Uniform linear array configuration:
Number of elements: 32
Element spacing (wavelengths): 0.5
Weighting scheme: hamming
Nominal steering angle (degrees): -30
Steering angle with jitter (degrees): -30.351
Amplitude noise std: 0.05
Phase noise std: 0.05

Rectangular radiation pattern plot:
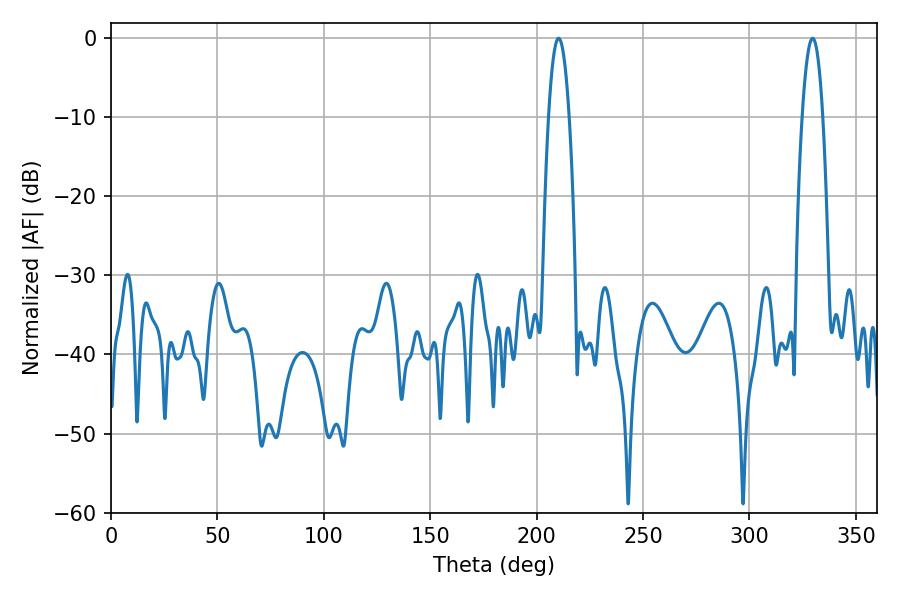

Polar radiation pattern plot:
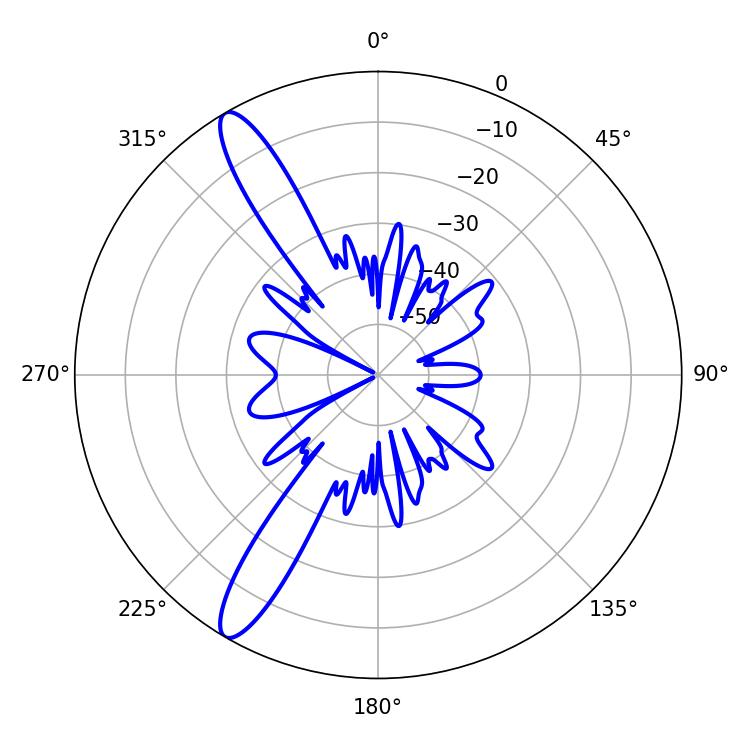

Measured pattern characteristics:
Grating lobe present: FALSE
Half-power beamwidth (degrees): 5.22
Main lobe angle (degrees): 210.24